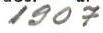
1907